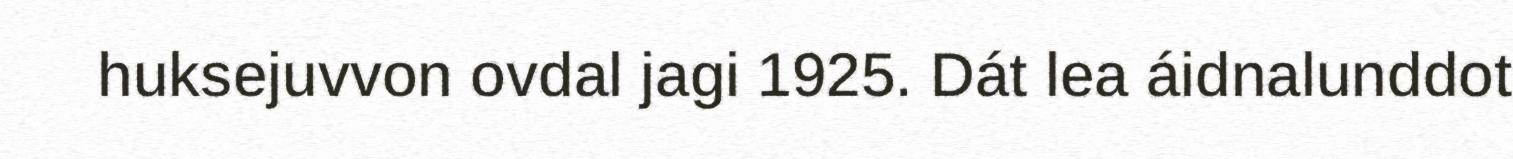
huksejuvvon ovdal jagi 1925. Dát lea áidnalunddot